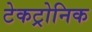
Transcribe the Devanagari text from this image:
टेकट्रोनिक